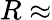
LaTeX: R\approx